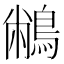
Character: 䳤